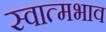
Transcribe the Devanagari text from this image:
स्वात्मभाव